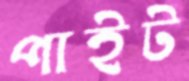
পাইট